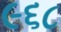
૯૬૮